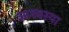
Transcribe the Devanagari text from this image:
आमवस्या